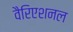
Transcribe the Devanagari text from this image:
वैरिएशनल